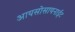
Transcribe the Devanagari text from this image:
आयसोसायनाईट